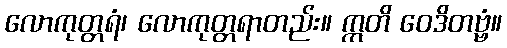
လောကုတ္တရံ၊ လောကုတ္တရာတည်း။ ဣတိ ဝေဒိတဗ္ဗံ။